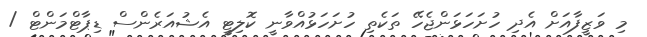
މި ވަޒީފާއަށް އެދި ހުށަހަޅަންޖެހޭ ތަކެތި ހުށަހަޅުއްވާނީ ކޮލިޓީ އެޝުއަރެންސް ޑިޕާޓްމަންޓް /